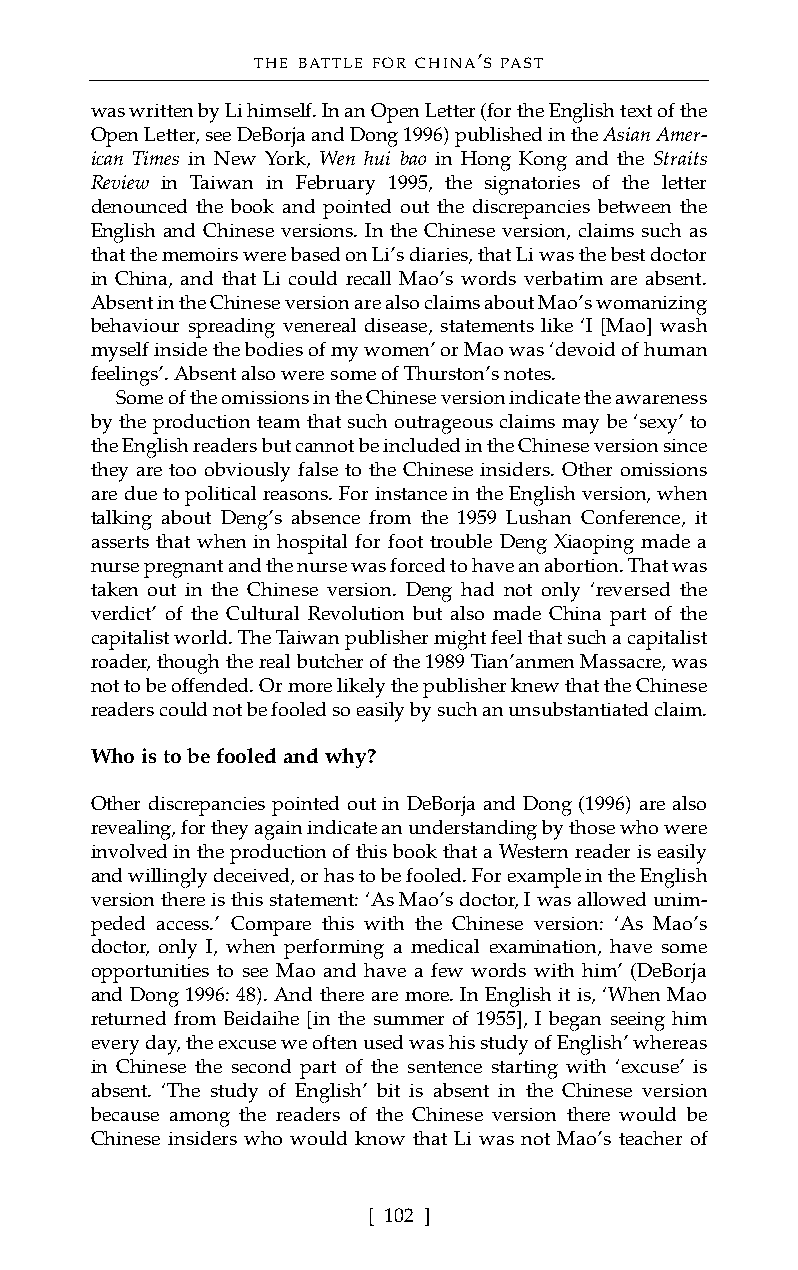
THE BATTLE FOR CHINA’S PAST
 was written by Li himself. In an Open Letter (for the English text of the
 Open Letter, see DeBorja and Dong 1996) published in the Asian Amer-
 ican Times in New York, Wen hui bao in Hong Kong and the Straits
 Review in Taiwan in February 1995, the signatories of the letter
 denounced the book and pointed out the discrepancies between the
 English and Chinese versions. In the Chinese version, claims such as
 that the memoirs were based on Li’s diaries, that Li was the best doctor
 in China, and that Li could recall Mao’s words verbatim are absent.
 Absent in the Chinese version are also claims about Mao’s womanizing
 behaviour spreading venereal disease, statements like ‘I [Mao] wash
 myself inside the bodies of my women’ or Mao was ‘devoid of human
 feelings’. Absent also were some of Thurston’s notes.
 Some of the omissions in the Chinese version indicate the awareness
 by the production team that such outrageous claims may be ‘sexy’ to
 the English readers but cannot be included in the Chinese version since
 they are too obviously false to the Chinese insiders. Other omissions
 are due to political reasons. For instance in the English version, when
 talking about Deng’s absence from the 1959 Lushan Conference, it
 asserts that when in hospital for foot trouble Deng Xiaoping made a
 nurse pregnant and the nurse was forced to have an abortion. That was
 taken out in the Chinese version. Deng had not only ‘reversed the
 verdict’ of the Cultural Revolution but also made China part of the
 capitalist world. The Taiwan publisher might feel that such a capitalist
 roader, though the real butcher of the 1989 Tian’anmen Massacre, was
 not to be offended. Or more likely the publisher knew that the Chinese
 readers could not be fooled so easily by such an unsubstantiated claim.
 Who is to be fooled and why?
 Other discrepancies pointed out in DeBorja and Dong (1996) are also
 revealing, for they again indicate an understanding by those who were
 involved in the production of this book that a Western reader is easily
 and willingly deceived, or has to be fooled. For example in the English
 version there is this statement: ‘As Mao’s doctor, I was allowed unim-
 peded access.’ Compare this with the Chinese version: ‘As Mao’s
 doctor, only I, when performing a medical examination, have some
 opportunities to see Mao and have a few words with him’ (DeBorja
 and Dong 1996: 48). And there are more. In English it is, ‘When Mao
 returned from Beidaihe [in the summer of 1955], I began seeing him
 every day, the excuse we often used was his study of English’ whereas
 in Chinese the second part of the sentence starting with ‘excuse’ is
 absent. ‘The study of English’ bit is absent in the Chinese version
 because among the readers of the Chinese version there would be
 Chinese insiders who would know that Li was not Mao’s teacher of
 [ 102 ]